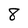
Character: 8